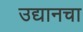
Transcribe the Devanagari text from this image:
उद्यानचा